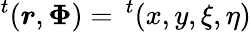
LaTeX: ^t(\boldsymbol r,\boldsymbol\Phi)=\, ^{t}(x,y,\xi,\eta)